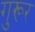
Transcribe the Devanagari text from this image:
गुरूर